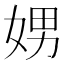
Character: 娚